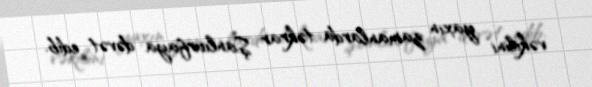
vəkilini yaxın zamanlarda təkrar Şanlıurfaya dəvət edib.